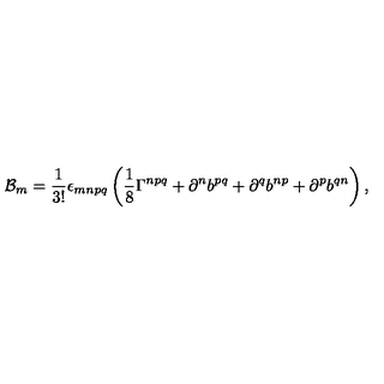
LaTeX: { \cal B } _ { m } = { \frac { 1 } { 3 ! } } \epsilon _ { m n p q } \left( { \frac { 1 } { 8 } } \Gamma ^ { n p q } + \partial ^ { n } b ^ { p q } + \partial ^ { q } b ^ { n p } + \partial ^ { p } b ^ { q n } \right) ,